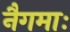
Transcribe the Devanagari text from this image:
नैगमाः